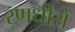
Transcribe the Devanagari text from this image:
रणधीरों